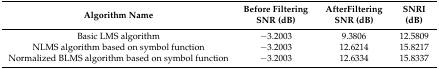
<table><thead><tr><td><b>Algorithm Name</b></td><td><b>Before Filtering SNR (dB)</b></td><td><b>AfterFiltering SNR (dB)</b></td><td><b>SNRI (dB)</b></td></tr></thead><tbody><tr><td>Basic LMS algorithm</td><td>−3.2003</td><td>9.3806</td><td>12.5809</td></tr><tr><td>NLMS algorithm based on symbol function</td><td>−3.2003</td><td>12.6214</td><td>15.8217</td></tr><tr><td>Normalized BLMS algorithm based on symbol function</td><td>−3.2003</td><td>12.6334</td><td>15.8337</td></tr></tbody></table>